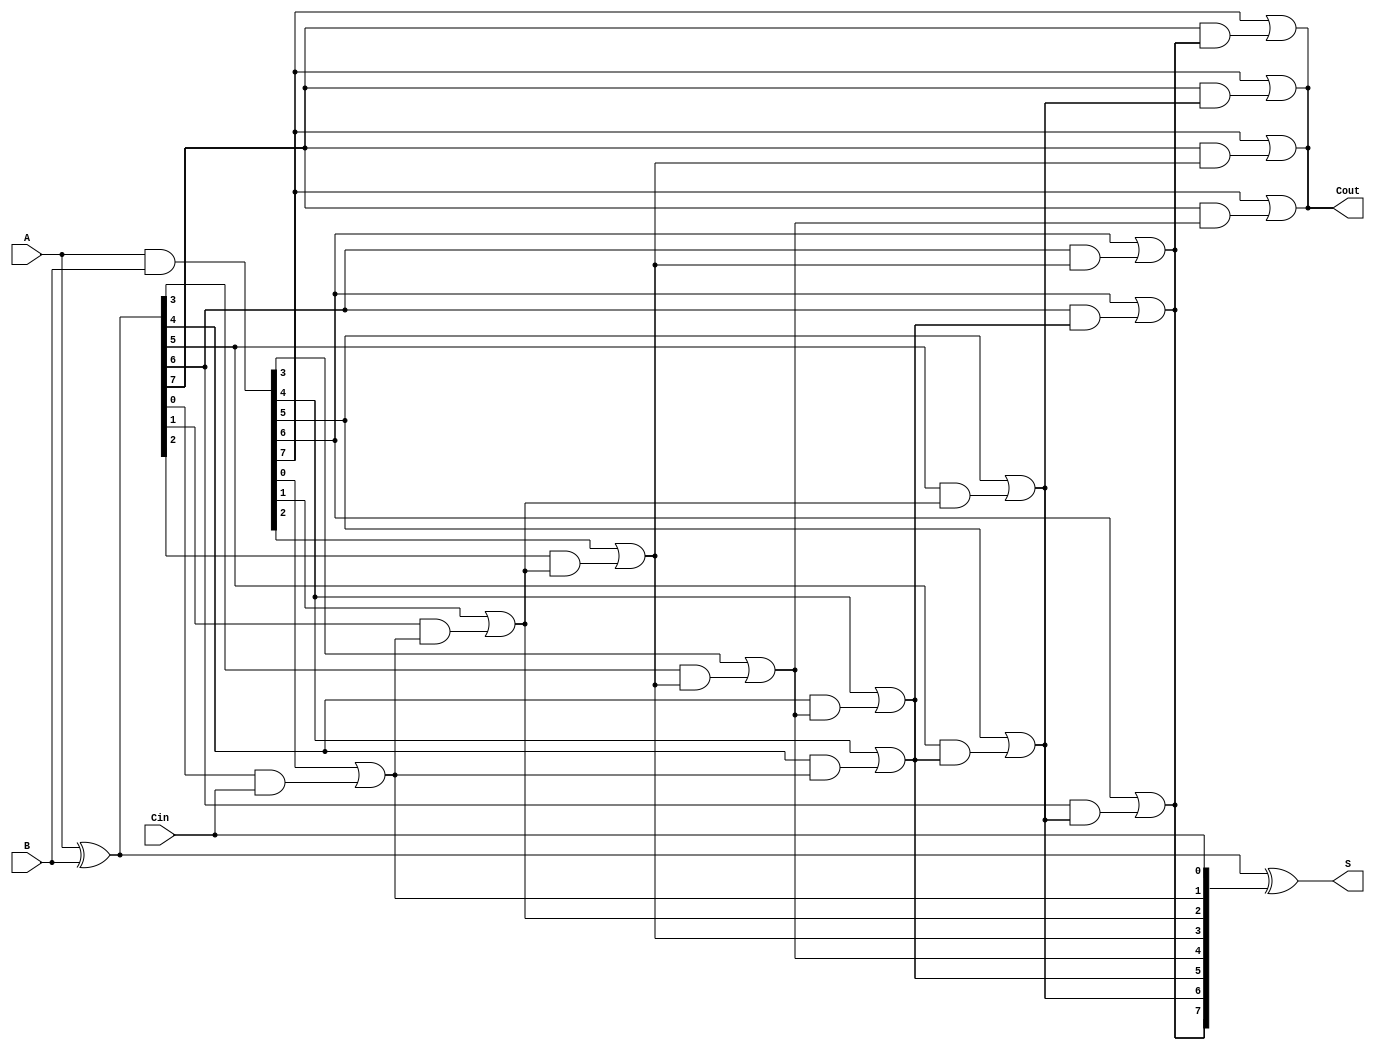
module KoggeStoneAdder #(parameter n = 8) (
    input [n-1:0] A,
    input [n-1:0] B,
    input Cin,
    output [n-1:0] S,
    output Cout
);

    // Intermediate signals
    wire [n-1:0] P; // Propagate
    wire [n-1:0] G; // Generate
    wire [n:0] C;   // Carry signals

    // Generate and Propagate signals
    assign P = A ^ B; // Propagate
    assign G = A & B; // Generate

    // Carry signals initialization
    assign C[0] = Cin; // Initial carry-in

    // Stage 0: Calculate carries based on P and G
    genvar i;
    generate
        for (i = 0; i < n; i = i + 1) begin: carry_stage_0
            assign C[i + 1] = G[i] | (P[i] & C[i]);
        end
    endgenerate

    // Additional stages for Kogge-Stone carry generation
    // Stage 1
    generate
        for (i = 0; i < n/2; i = i + 1) begin: carry_stage_1
            assign C[i + n/2 + 1] = G[i + n/2] | (P[i + n/2] & C[i + 1]);
        end
    endgenerate

    // Stage 2
    generate
        for (i = 0; i < n/4; i = i + 1) begin: carry_stage_2
            assign C[i + n/4 + n/2 + 1] = G[i + n/4 + n/2] | (P[i + n/4 + n/2] & C[i + n/2 + 1]);
        end
    endgenerate

    // Stage 3
    generate
        for (i = 0; i < n/8; i = i + 1) begin: carry_stage_3
            assign C[i + n/8 + n/4 + n/2 + 1] = G[i + n/8 + n/4 + n/2] | (P[i + n/8 + n/4 + n/2] & C[i + n/4 + 1]);
        end
    endgenerate

    // Final carry-out
    assign Cout = C[n];

    // Sum calculation
    assign S = P ^ C[n-1:0]; // Final sum

endmodule